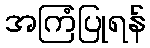
အကြံပြုရန်